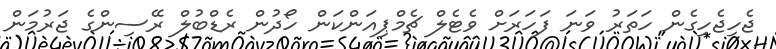
ޖެހިޖެހިގެން ހަތަރު ވަނަ ފަހަރަށް ވެޓެލް ޗެމްޕިއަންކަން ހޯދުން ރެޑްބުލް ރޭސިންގެ ޖަރުމަން